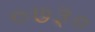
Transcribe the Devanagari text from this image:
०७३०